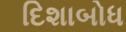
દિશાબોધ